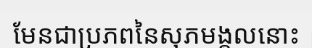
មែនជាប្រភពនៃសុភមង្គលនោះ